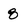
Character: 8